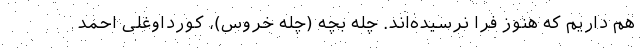
هم داریم که هنوز فرا نرسیده‌اند. چله بچه (چله خروس)، کورداوغلی احمد